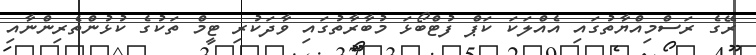
ރޭގެ ރަސްމިއްޔާތުގައި އެއްލަކަ ކަޕް ފުޓްބޯޅަ މުބާރާތުގައި ވާދަކުރި ޓީމް ތަކުގެ ކުޅުންތެރިންނާއި